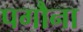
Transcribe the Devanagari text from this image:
पगौना